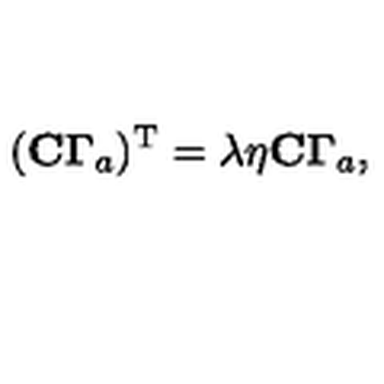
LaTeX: ( { \bf C \Gamma } _ { a } ) ^ { \mathrm { { T } } } = \lambda \eta { \bf C \Gamma } _ { a } ,